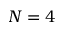
N = 4